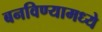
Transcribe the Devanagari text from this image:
बनविण्यामध्ये